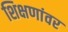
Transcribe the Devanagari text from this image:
शिक्षणांवर